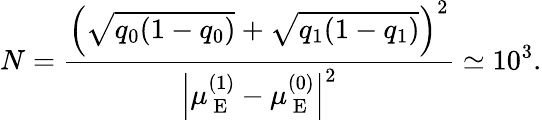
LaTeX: N=\frac{\left(\sqrt{q_{0}(1-q_{0})}+\sqrt{q_{1}(1-q_{1})}\right)^{2}}{\left|\mu_{\mathrm{~E~}}^{(1)}-\mu_{\mathrm{~E~}}^{(0)}\right|^{2}}\simeq 10^{3}.